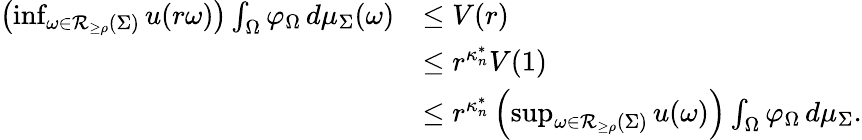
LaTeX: \begin{array}{rl}{\left(\operatorname*{inf}_{\omega\in\mathcal R_{\geq\rho}(\Sigma)}u(r\omega)\right)\int_{\Omega}\varphi_{\Omega}\, d\mu_{\Sigma}(\omega)}&{\leq V(r)}\\ &{\leq r^{\kappa_{n}^{*}}V(1)}\\ &{\leq r^{\kappa_{n}^{*}}\left(\operatorname*{sup}_{\omega\in\mathcal R_{\geq\rho}(\Sigma)}u(\omega)\right)\int_{\Omega}\varphi_{\Omega}\, d\mu_{\Sigma}.}\end{array}